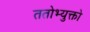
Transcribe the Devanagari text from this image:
ततोभ्युक्तो